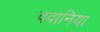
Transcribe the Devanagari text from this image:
ववानिया